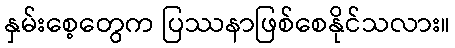
နှမ်းစေ့တွေက ပြဿနာဖြစ်စေနိုင်သလား။